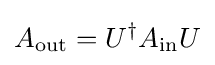
A_{\text{out}}=U^{\dagger }A_{\text{in}}U